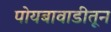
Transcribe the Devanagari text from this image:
पोयबावाडीतून